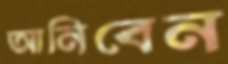
আনিবেন